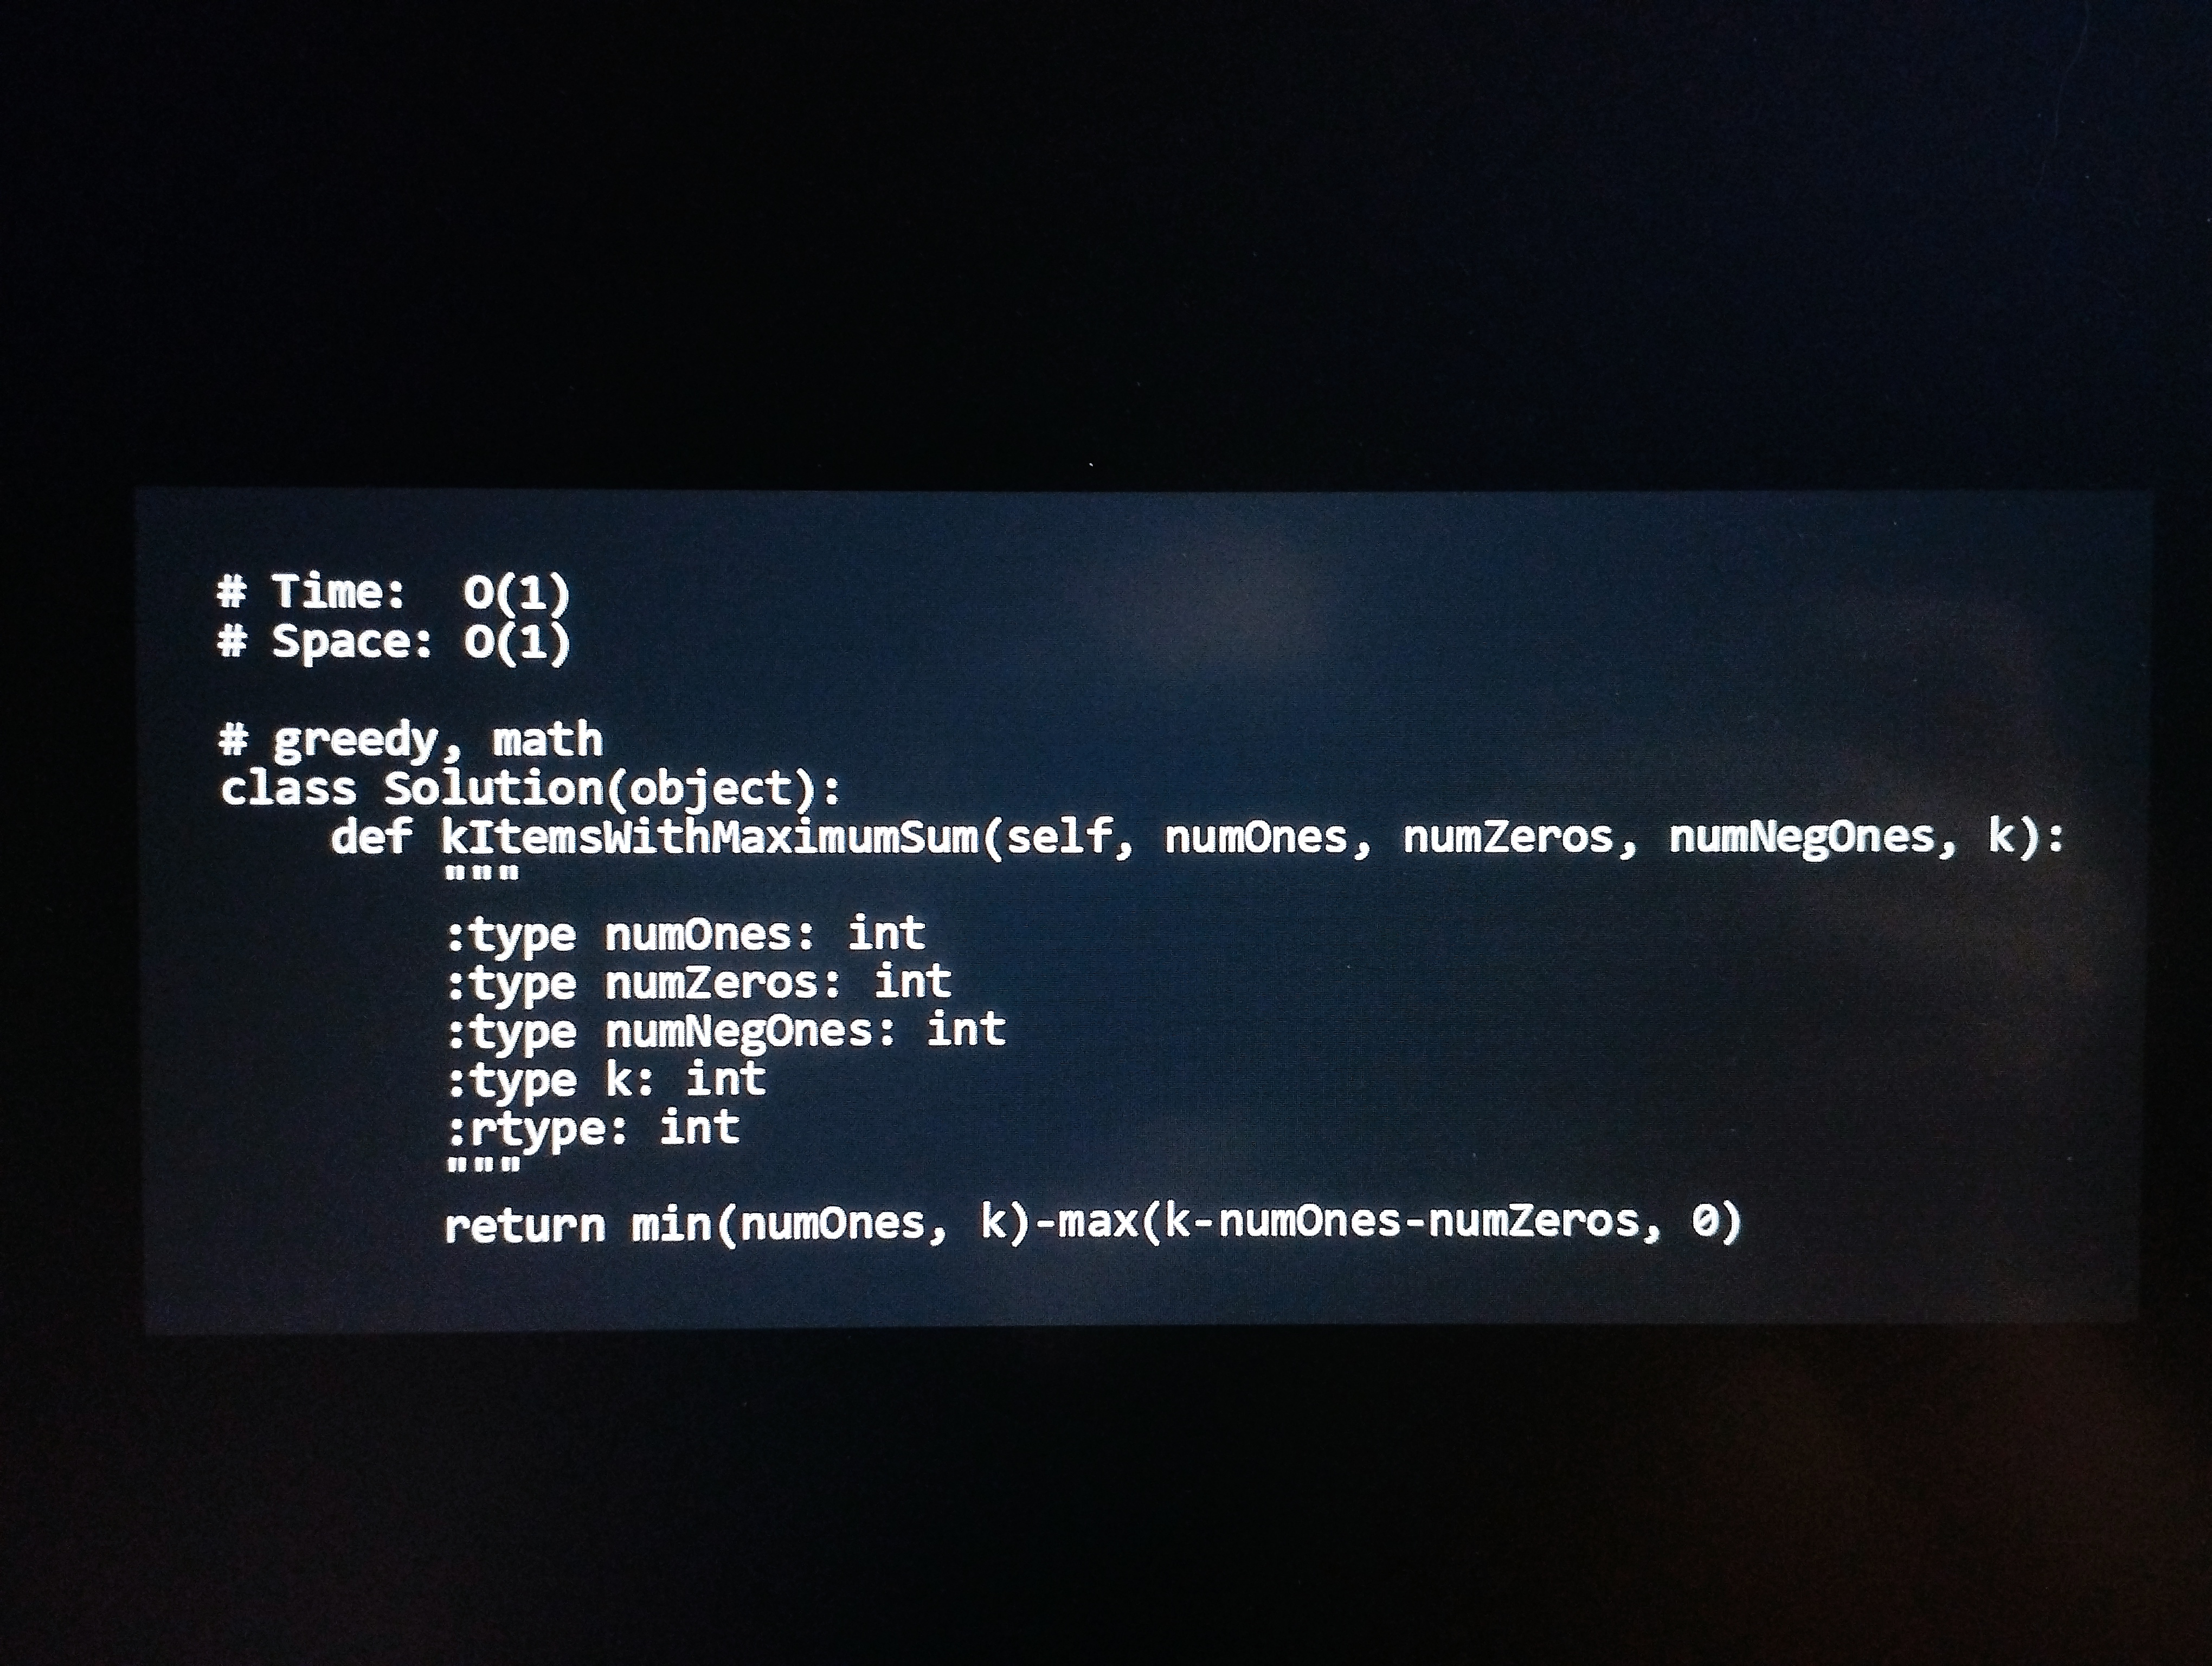
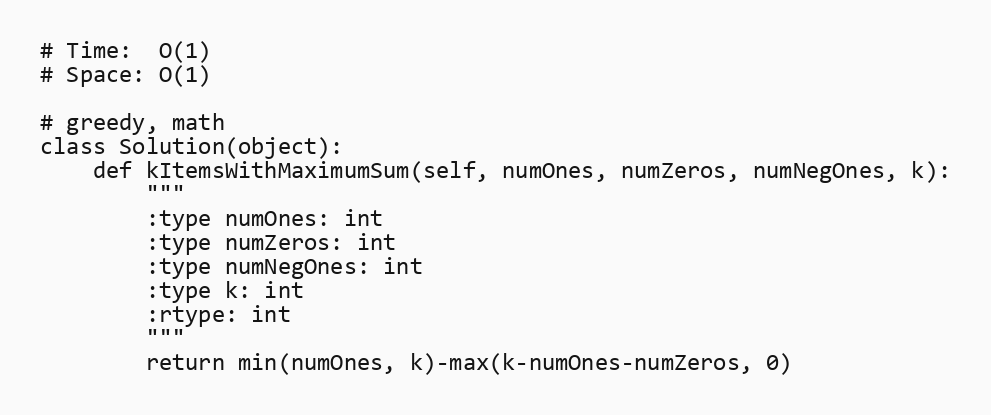
# Time:  O(1)
# Space: O(1)

# greedy, math
class Solution(object):
    def kItemsWithMaximumSum(self, numOnes, numZeros, numNegOnes, k):
        """
        :type numOnes: int
        :type numZeros: int
        :type numNegOnes: int
        :type k: int
        :rtype: int
        """
        return min(numOnes, k)-max(k-numOnes-numZeros, 0)